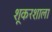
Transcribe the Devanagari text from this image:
शूकरशाला